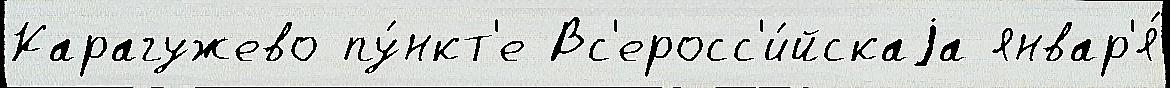
Карагужево пу́нкт'е Вс'еросс'и́йскаjа январ'я́